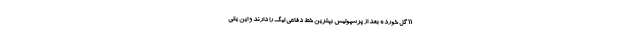
11 گل خورده بعد از پرسپولیس بهترین خط دفاعی لیگ را دارند و این یکی